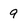
Character: 9